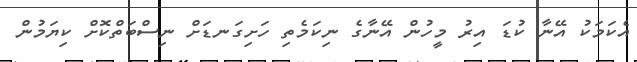
އެކަމަކު އޭނާ ކުޑަ އިރު މީހުން އޭނާގެ ނިކަމެތި ހަށިގަނޑަށް ނިސްބަތްކޮށް ކިޔަމުން